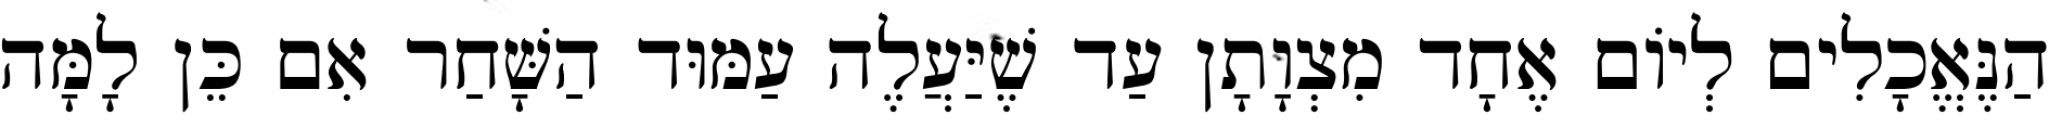
הַנֶּאֱכָלִים לְיוֹם אֶחָד מִצְוָתָן עַד שֶׁיַּעֲלֶה עַמּוּד הַשָּׁחַר אִם כֵּן לָמָּה